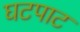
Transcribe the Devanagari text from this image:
घटपाट